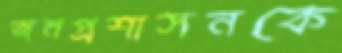
জনপ্রশাসনকে